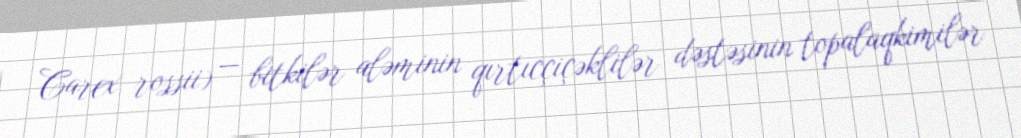
Carex rossii) — bitkilər aləminin qırtıcçiçəklilər dəstəsinin topalaqkimilər